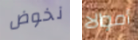
نخوض أموالا